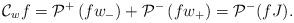
LaTeX: \begin{align*}\mathcal{C}_{w} f=\mathcal{P}^+\left(f w_-\right)+\mathcal{P}^{-}\left(f w_+\right)=\mathcal{P}^-(fJ).\end{align*}